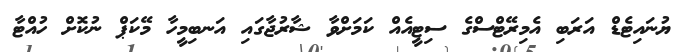
ޔުނައިޓެޑް އަރަބި އެމިރޭޓްސްގެ ސިޓީއެއް ކަމަށްވާ ޝާރުޖާގައި އަނބިމީހާ މޭކަޕް ނުކޮށް ހުއްޓާ